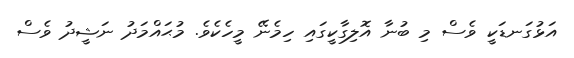
އަޅުގަނޑަކީ ވެސް މި ބުނާ އޮލިގާކީގައި ހިމެނޭ މީހެކެވެ. މުޙައްމަދު ނަޝީދު ވެސް